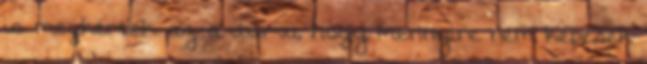
is megkértek. az a durva, hogy mennyire nem képesek